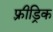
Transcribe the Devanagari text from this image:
फ़्रीड्रिक